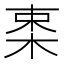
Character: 𣒛